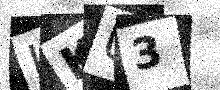
Text: IKU3